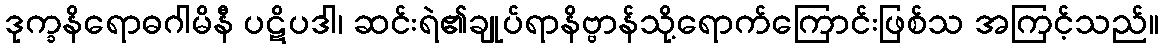
ဒုက္ခနိရောဓဂါမိနီ ပဋိပဒါ၊ ဆင်းရဲ၏ချုပ်ရာနိဗ္ဗာန်သို့ရောက်ကြောင်းဖြစ်သ အကြင့်သည်။